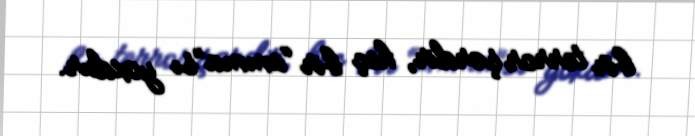
bir terror şərdir, heç bir “amma”sı yoxdur.